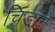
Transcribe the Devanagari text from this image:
चिडाने